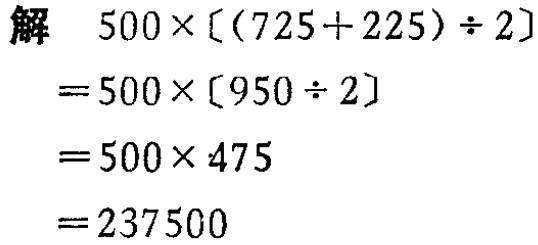
\[

\begin{align*}

&解\quad500\times[(725 + 225)\div2]\\

=&500\times[950\div2]\\

=&500\times475\\

=&237500

\end{align*}

\]